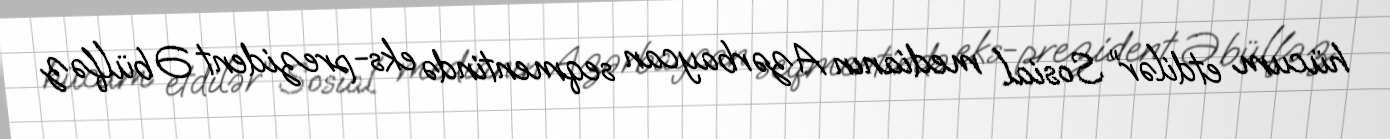
hücum etdilər” Sosial medianın Azərbaycan seqmentində eks-prezident Əbülfəz